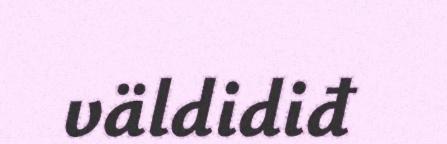
väldidiđ